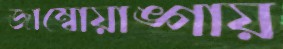
জাম্বোয়াঙ্গায়